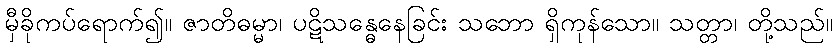
မှီခိုကပ်ရောက်၍။ ဇာတိဓမ္မာ၊ ပဋိသန္ဓေနေခြင်း သဘော ရှိကုန်သော။ သတ္တာ၊ တို့သည်။